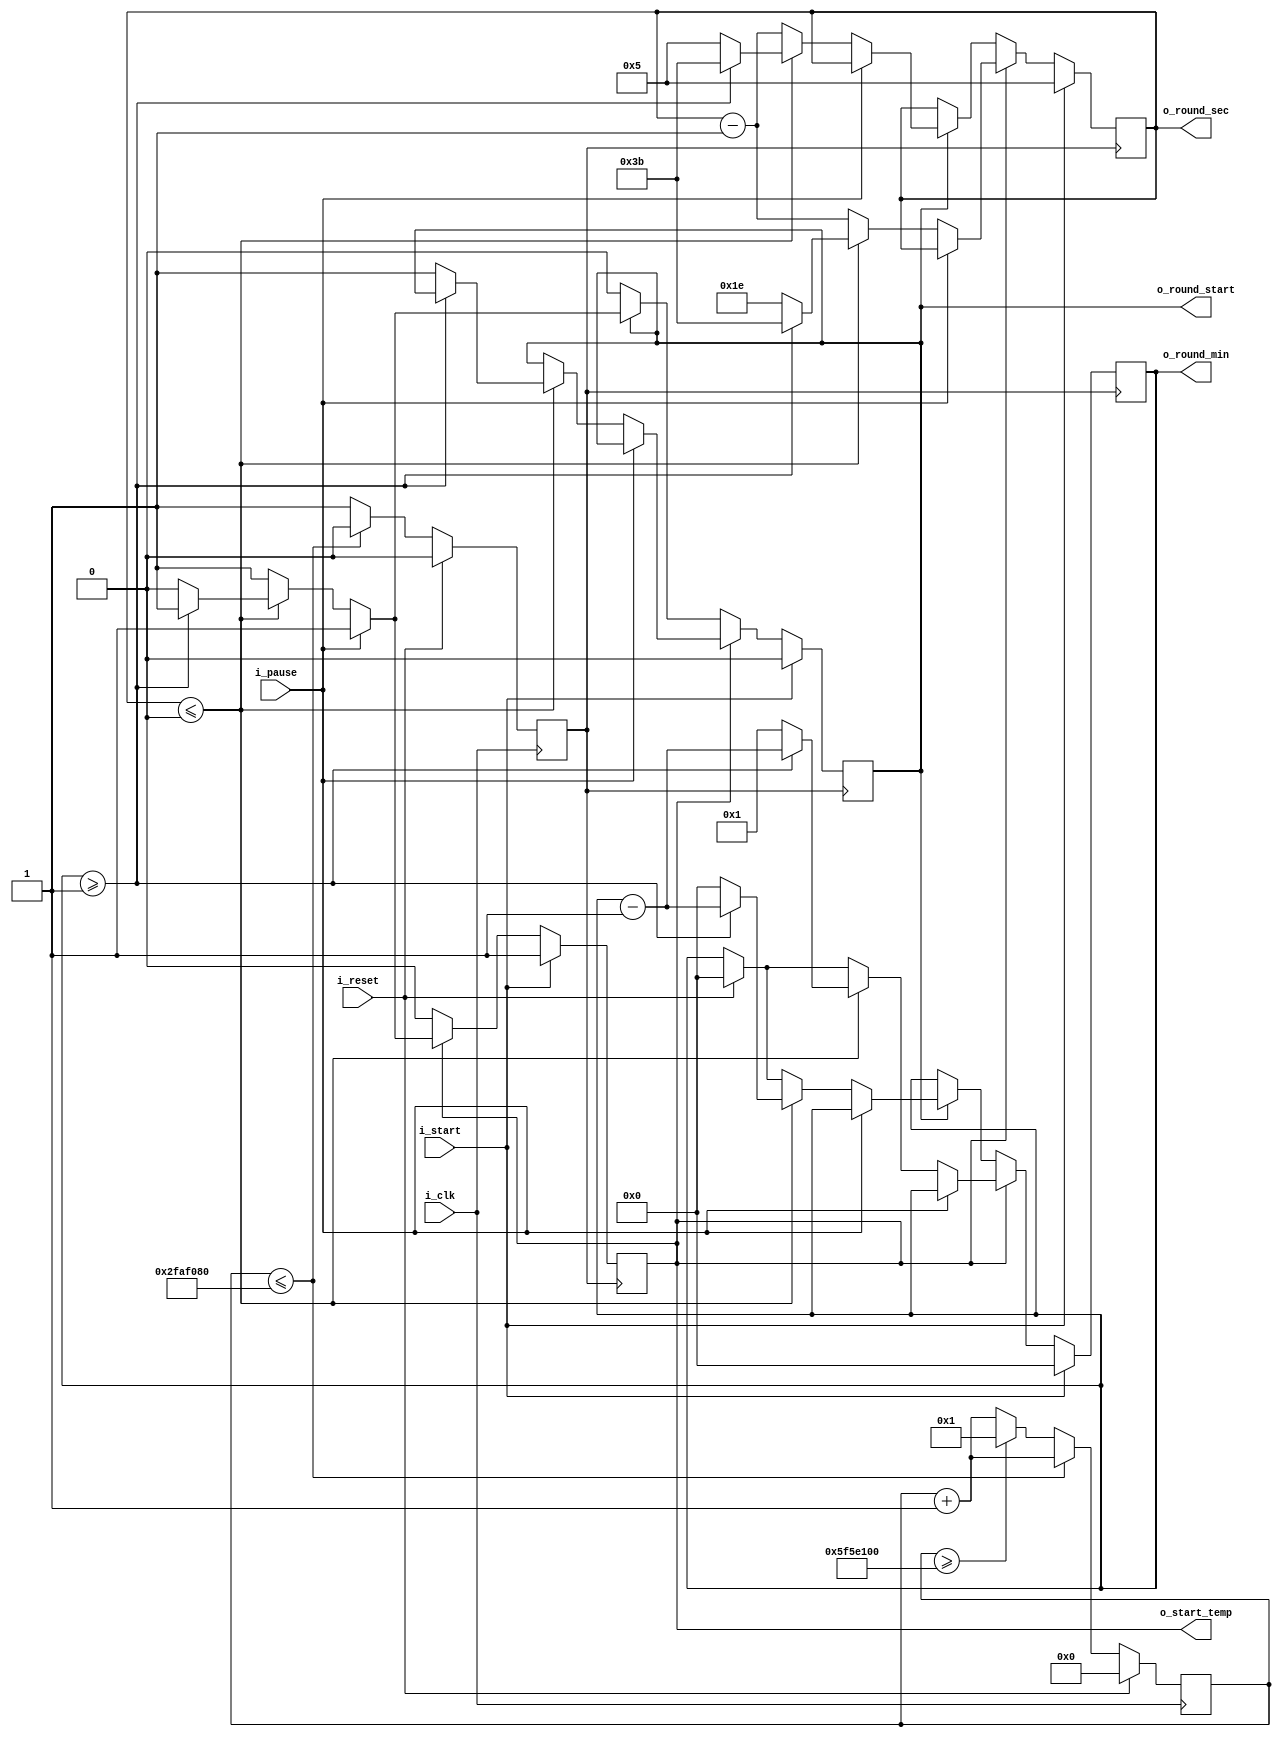
`timescale 1ns / 1ps
//////////////////////////////////////////////////////////////////////////////////
// Company: 
// Engineer: 
// 
// Design Name: 
// Module Name: Round_clock
// Project Name: 
// Target Devices: 
// Tool Versions: 
// Description: 
// 
// Dependencies: 
// 
// Revision:
// Revision 0.01 - File Created
// Additional Comments:
// 
//////////////////////////////////////////////////////////////////////////////////


//module Round_clock(clk,start,reset,pause,round_min, round_sec, sec_clk,health_bar);
module Round_clock(i_clk,i_reset,i_start,i_pause,o_round_min, o_round_sec,o_start_temp,o_round_start);
input i_clk;
input i_start;
input i_reset; 
input i_pause;
reg r_sec_clk; // 1-s clock
reg [27:0] r_sec; // count for creating 1-s clock 
output reg [5:0] o_round_sec = 5; //seconds and minutes counters
output reg [3:0] o_round_min = 0;
output reg o_round_start;
output reg o_start_temp = 0;
//output reg health_bar;


always @(posedge i_clk) //real-time second
begin
    if(i_reset) begin
        r_sec <= 0;
        r_sec_clk <= 0;
    end
    else begin
        r_sec <= r_sec + 1;
        if(r_sec <= 50000000) 
            r_sec_clk <= 0;
        else if (r_sec >= 100000000) begin
            r_sec_clk <= 1;
            r_sec <= 1;
        end
        else
            r_sec_clk <= 1;
    end
end

always @(posedge r_sec_clk) //round countdown
begin
    if (i_reset) begin
        o_round_sec <= 5;
        o_round_min <= 0;
    end
    if (i_start) begin
        o_round_sec <= 5;
        o_round_min <= 0;
        o_start_temp <= 1;
        o_round_start <= 0;
    end
    else if (o_start_temp) begin
        if (~i_pause) begin
            o_round_sec <= o_round_sec - 1;
            if (o_round_sec <= 0) begin
                if (o_round_min >= 1)begin
                    o_round_sec <= 59;
                    o_round_min <= o_round_min - 1;
                end
                else begin
                    o_round_sec <= 30;
                    o_round_min <= 1;
                    o_round_start <= 1;
                    o_start_temp <= 0;
                end    
            end
        end   
        else begin
            o_round_sec <= o_round_sec;
            o_round_min <= o_round_min;
        end                   
    end
    
    else if (o_round_start) begin
        if (~i_pause) begin
            o_round_sec <= o_round_sec - 1;
            if (o_round_sec <= 0) begin
                if (o_round_min >= 1) begin
                    o_round_sec <= 59;
                    o_round_min <= o_round_min - 1;
                end    
                else begin
                    o_round_sec <= 5;
                    o_round_min <= 0;
                    o_round_start <= 0;
                    o_start_temp <= 0;
                end    
            end
        end
        else begin
            o_round_sec <= o_round_sec;
            o_round_min <= o_round_min;
        end                   
    end
    
    else begin
        o_round_min <= o_round_min;
        o_round_sec <= o_round_sec;
    end
end 
endmodule